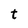
Character: t